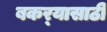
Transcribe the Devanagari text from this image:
बकर्‍यासाठी